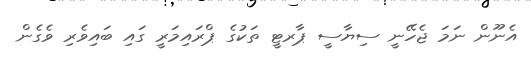
އެނޫން ނަމަ ޖެހޭނީ ސިޔާސީ ޕާރޓީ ތަކުގެ ޕްރައިމަރީ ގައި ބައިވެރި ވެގެން